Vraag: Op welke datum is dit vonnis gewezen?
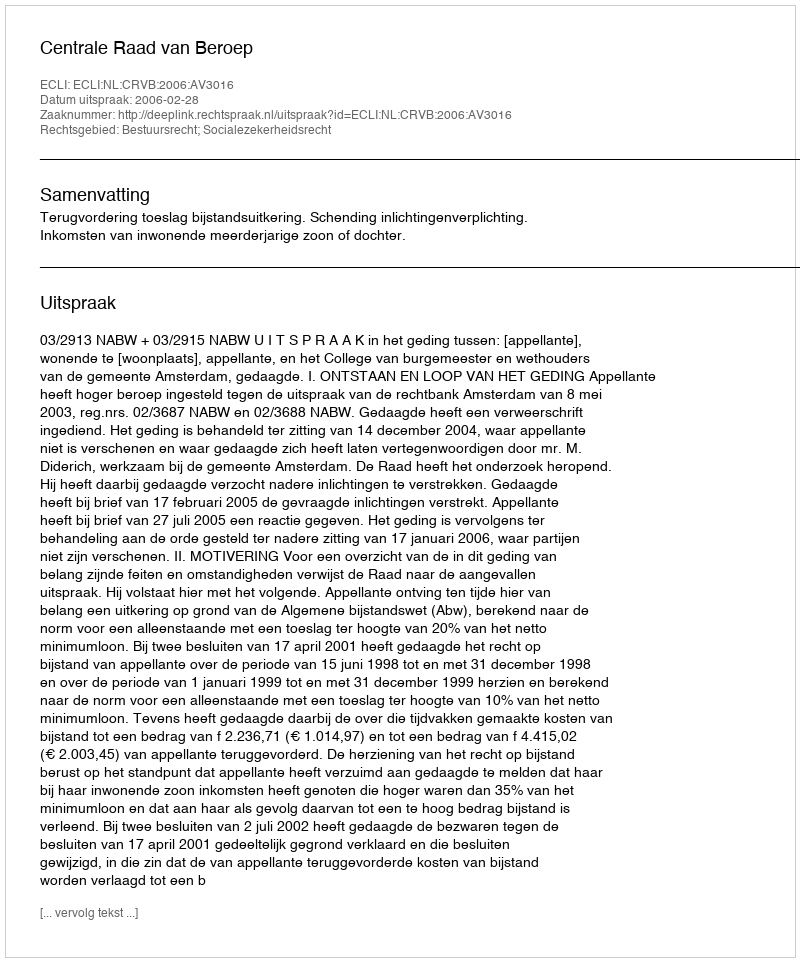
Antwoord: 2006-02-28